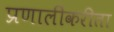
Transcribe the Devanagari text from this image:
प्रणालींकरीता